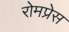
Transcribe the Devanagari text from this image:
रोमप्रेस